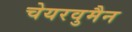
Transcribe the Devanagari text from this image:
चेयरवुमैन